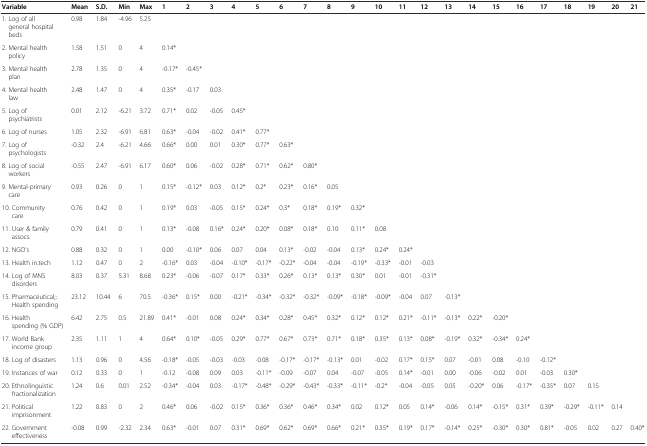
<table><thead><tr><td><b>Variable</b></td><td><b>Mean</b></td><td><b>S.D.</b></td><td><b>Min</b></td><td><b>Max</b></td><td><b>1</b></td><td><b>2</b></td><td><b>3</b></td><td><b>4</b></td><td><b>5</b></td><td><b>6</b></td><td><b>7</b></td><td><b>8</b></td><td><b>9</b></td><td><b>10</b></td><td><b>11</b></td><td><b>12</b></td><td><b>13</b></td><td><b>14</b></td><td><b>15</b></td><td><b>16</b></td><td><b>17</b></td><td><b>18</b></td><td><b>19</b></td><td><b>20</b></td><td><b>21</b></td></tr></thead><tbody><tr><td>1. Log of all general hospital beds</td><td>0.98</td><td>1.84</td><td>-4.96</td><td>5.25</td><td></td><td></td><td></td><td></td><td></td><td></td><td></td><td></td><td></td><td></td><td></td><td></td><td></td><td></td><td></td><td></td><td></td><td></td><td></td><td></td><td></td></tr><tr><td>2. Mental health policy</td><td>1.58</td><td>1.51</td><td>0</td><td>4</td><td>0.14*</td><td></td><td></td><td></td><td></td><td></td><td></td><td></td><td></td><td></td><td></td><td></td><td></td><td></td><td></td><td></td><td></td><td></td><td></td><td></td><td></td></tr><tr><td>3. Mental health plan</td><td>2.78</td><td>1.35</td><td>0</td><td>4</td><td>-0.17*</td><td>-0.45*</td><td></td><td></td><td></td><td></td><td></td><td></td><td></td><td></td><td></td><td></td><td></td><td></td><td></td><td></td><td></td><td></td><td></td><td></td><td></td></tr><tr><td>4. Mental health law</td><td>2.48</td><td>1.47</td><td>0</td><td>4</td><td>0.35*</td><td>-0.17</td><td>0.03</td><td></td><td></td><td></td><td></td><td></td><td></td><td></td><td></td><td></td><td></td><td></td><td></td><td></td><td></td><td></td><td></td><td></td><td></td></tr><tr><td>5. Log of psychiatrists</td><td>0.01</td><td>2.12</td><td>-6.21</td><td>3.72</td><td>0.71*</td><td>0.02</td><td>-0.05</td><td>0.45*</td><td></td><td></td><td></td><td></td><td></td><td></td><td></td><td></td><td></td><td></td><td></td><td></td><td></td><td></td><td></td><td></td><td></td></tr><tr><td>6. Log of nurses</td><td>1.05</td><td>2.32</td><td>-6.91</td><td>6.81</td><td>0.63*</td><td>-0.04</td><td>-0.02</td><td>0.41*</td><td>0.77*</td><td></td><td></td><td></td><td></td><td></td><td></td><td></td><td></td><td></td><td></td><td></td><td></td><td></td><td></td><td></td><td></td></tr><tr><td>7. Log of psychologists</td><td>-0.32</td><td>2.4</td><td>-6.21</td><td>4.66</td><td>0.66*</td><td>0.00</td><td>0.01</td><td>0.30*</td><td>0.77*</td><td>0.63*</td><td></td><td></td><td></td><td></td><td></td><td></td><td></td><td></td><td></td><td></td><td></td><td></td><td></td><td></td><td></td></tr><tr><td>8. Log of social workers</td><td>-0.55</td><td>2.47</td><td>-6.91</td><td>6.17</td><td>0.60*</td><td>0.06</td><td>-0.02</td><td>0.28*</td><td>0.71*</td><td>0.62*</td><td>0.80*</td><td></td><td></td><td></td><td></td><td></td><td></td><td></td><td></td><td></td><td></td><td></td><td></td><td></td><td></td></tr><tr><td>9. Mental-primary care</td><td>0.93</td><td>0.26</td><td>0</td><td>1</td><td>0.15*</td><td>-0.12*</td><td>0.03</td><td>0.12*</td><td>0.2*</td><td>0.23*</td><td>0.16*</td><td>0.05</td><td></td><td></td><td></td><td></td><td></td><td></td><td></td><td></td><td></td><td></td><td></td><td></td><td></td></tr><tr><td>10. Community care</td><td>0.76</td><td>0.42</td><td>0</td><td>1</td><td>0.19*</td><td>0.03</td><td>-0.05</td><td>0.15*</td><td>0.24*</td><td>0.3*</td><td>0.18*</td><td>0.19*</td><td>0.32*</td><td></td><td></td><td></td><td></td><td></td><td></td><td></td><td></td><td></td><td></td><td></td><td></td></tr><tr><td>11. User &amp; family assocs.</td><td>0.79</td><td>0.41</td><td>0</td><td>1</td><td>0.13*</td><td>-0.08</td><td>0.16*</td><td>0.24*</td><td>0.20*</td><td>0.08*</td><td>0.18*</td><td>0.10</td><td>0.11*</td><td>0.08</td><td></td><td></td><td></td><td></td><td></td><td></td><td></td><td></td><td></td><td></td><td></td></tr><tr><td>12. NGO’s</td><td>0.88</td><td>0.32</td><td>0</td><td>1</td><td>0.00</td><td>-0.10*</td><td>0.06</td><td>0.07</td><td>0.04</td><td>0.13*</td><td>-0.02</td><td>-0.04</td><td>0.13*</td><td>0.24*</td><td>0.24*</td><td></td><td></td><td></td><td></td><td></td><td></td><td></td><td></td><td></td><td></td></tr><tr><td>13. Health in.tech</td><td>1.12</td><td>0.47</td><td>0</td><td>2</td><td>-0.16*</td><td>0.03</td><td>-0.04</td><td>-0.10*</td><td>-0.17*</td><td>-0.22*</td><td>-0.04</td><td>-0.04</td><td>-0.19*</td><td>-0.33*</td><td>-0.01</td><td>-0.03</td><td></td><td></td><td></td><td></td><td></td><td></td><td></td><td></td><td></td></tr><tr><td>14. Log of MNS disorders</td><td>8.03</td><td>0.37</td><td>5.31</td><td>8.68</td><td>0.23*</td><td>-0.06</td><td>-0.07</td><td>0.17*</td><td>0.33*</td><td>0.26*</td><td>0.13*</td><td>0.13*</td><td>0.30*</td><td>0.01</td><td>-0.01</td><td>-0.31*</td><td></td><td></td><td></td><td></td><td></td><td></td><td></td><td></td><td></td></tr><tr><td>15. Pharmaceutical;; Health spending</td><td>23.12</td><td>10.44</td><td>6</td><td>70.5</td><td>-0.36*</td><td>0.15*</td><td>0.00</td><td>-0.21*</td><td>-0.34*</td><td>-0.32*</td><td>-0.32*</td><td>-0.09*</td><td>-0.18*</td><td>-0.09*</td><td>-0.04</td><td>0.07</td><td>-0.13*</td><td></td><td></td><td></td><td></td><td></td><td></td><td></td><td></td></tr><tr><td>16. Health spending (% GDP)</td><td>6.42</td><td>2.75</td><td>0.5</td><td>21.89</td><td>0.41*</td><td>-0.01</td><td>0.08</td><td>0.24*</td><td>0.34*</td><td>0.28*</td><td>0.45*</td><td>0.32*</td><td>0.12*</td><td>0.12*</td><td>0.21*</td><td>-0.11*</td><td>-0.13*</td><td>0.22*</td><td>-0.20*</td><td></td><td></td><td></td><td></td><td></td><td></td></tr><tr><td>17. World Bank income group</td><td>2.35</td><td>1.11</td><td>1</td><td>4</td><td>0.64*</td><td>0.10*</td><td>-0.05</td><td>0.29*</td><td>0.77*</td><td>0.67*</td><td>0.73*</td><td>0.71*</td><td>0.18*</td><td>0.35*</td><td>0.13*</td><td>0.08*</td><td>-0.19*</td><td>0.32*</td><td>-0.34*</td><td>0.24*</td><td></td><td></td><td></td><td></td><td></td></tr><tr><td>18. Log of disasters</td><td>1.13</td><td>0.96</td><td>0</td><td>4.56</td><td>-0.18*</td><td>-0.05</td><td>-0.03</td><td>-0.03</td><td>-0.08</td><td>-0.17*</td><td>-0.17*</td><td>-0.13*</td><td>0.01</td><td>-0.02</td><td>0.17*</td><td>0.15*</td><td>0.07</td><td>-0.01</td><td>0.08</td><td>-0.10</td><td>-0.12*</td><td></td><td></td><td></td><td></td></tr><tr><td>19. Instances of war</td><td>0.12</td><td>0.33</td><td>0</td><td>1</td><td>-0.12</td><td>-0.08</td><td>0.09</td><td>0.03</td><td>-0.11*</td><td>-0.09</td><td>-0.07</td><td>0.04</td><td>-0.07</td><td>-0.05</td><td>0.14*</td><td>-0.01</td><td>0.00</td><td>-0.06</td><td>-0.02</td><td>0.01</td><td>-0.03</td><td>0.30*</td><td></td><td></td><td></td></tr><tr><td>20. Ethnolinguistic fractionalization</td><td>1.24</td><td>0.6</td><td>0.01</td><td>2.52</td><td>-0.34*</td><td>-0.04</td><td>0.03</td><td>-0.17*</td><td>-0.48*</td><td>-0.29*</td><td>-0.43*</td><td>-0.33*</td><td>-0.11*</td><td>-0.2*</td><td>-0.04</td><td>-0.05</td><td>0.05</td><td>-0.20*</td><td>0.06</td><td>-0.17*</td><td>-0.35*</td><td>0.07</td><td>0.15</td><td></td><td></td></tr><tr><td>21. Political imprisonment</td><td>1.22</td><td>0.83</td><td>0</td><td>2</td><td>0.46*</td><td>0.06</td><td>-0.02</td><td>0.15*</td><td>0.36*</td><td>0.36*</td><td>0.46*</td><td>0.34*</td><td>0.02</td><td>0.12*</td><td>0.05</td><td>0.14*</td><td>-0.06</td><td>0.14*</td><td>-0.15*</td><td>0.31*</td><td>0.39*</td><td>-0.29*</td><td>-0.11*</td><td>0.14</td><td></td></tr><tr><td>22. Government effectiveness</td><td>-0.08</td><td>0.99</td><td>-2.32</td><td>2.34</td><td>0.63*</td><td>-0.01</td><td>0.07</td><td>0.31*</td><td>0.69*</td><td>0.62*</td><td>0.69*</td><td>0.66*</td><td>0.21*</td><td>0.35*</td><td>0.19*</td><td>0.17*</td><td>-0.14*</td><td>0.25*</td><td>-0.30*</td><td>0.30*</td><td>0.81*</td><td>-0.05</td><td>0.02</td><td>0.27</td><td>0.40*</td></tr></tbody></table>